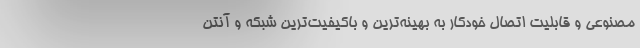
مصنوعی و قابلیت اتصال خودکار به بهینه‌ترین و باکیفیت‌ترین شبکه و آنتن